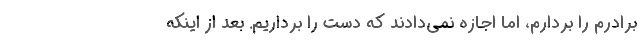
برادرم را بردارم، اما اجازه نمی‌دادند که دست را برداریم. بعد از اینکه